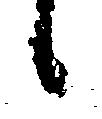
候